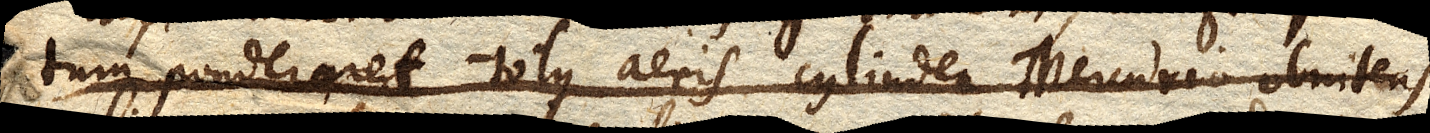
tum ponderaret totus aeris cylinder Mercurio obnitens,